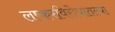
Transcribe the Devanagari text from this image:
लष्करविरोधातल्या